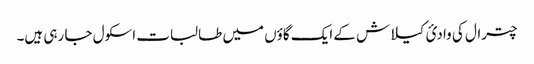
چترال کی وادیٔ کیلاش کے ایک گاؤں میں طالبات اسکول جا رہی ہیں۔